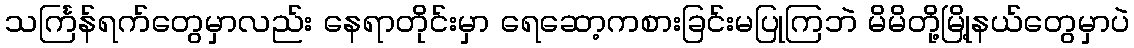
သင်္ကြန်ရက်တွေမှာလည်း နေရာတိုင်းမှာ ရေဆော့ကစားခြင်းမပြုကြဘဲ မိမိတို့မြို့နယ်တွေမှာပဲ